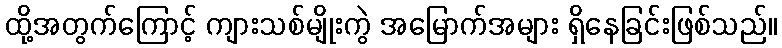
ထို့အတွက်ကြောင့် ကျားသစ်မျိုးကွဲ အမြောက်အများ ရှိနေခြင်းဖြစ်သည်။